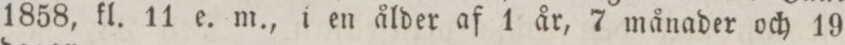
1858, kl. 11 e. m., i en ålder af 1 år, 7 månader och 19